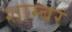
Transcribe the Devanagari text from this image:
शाम्बर